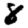
Digit: 8